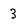
Character: 3